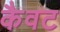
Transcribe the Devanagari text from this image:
कैवट